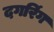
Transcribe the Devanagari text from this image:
दगरिंग